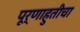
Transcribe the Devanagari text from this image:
पूर्णाहुतीचा